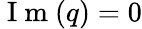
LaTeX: \mathrm{~I~m~}(q)=0